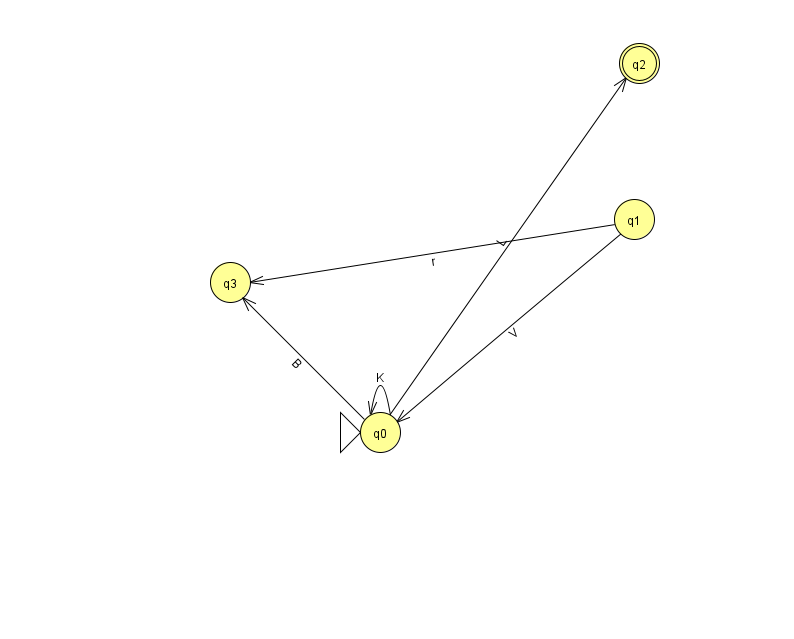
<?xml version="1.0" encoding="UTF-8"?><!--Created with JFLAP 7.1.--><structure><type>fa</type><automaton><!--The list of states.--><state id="0" name="q0"><x>380.0</x><y>419.0</y><initial/></state><state id="1" name="q1"><x>634.0</x><y>206.0</y></state><state id="2" name="q2"><x>639.0</x><y>50.0</y><final/></state><state id="3" name="q3"><x>230.0</x><y>269.0</y></state><!--The list of transitions.--><transition><from>1</from><to>0</to><read>V</read></transition><transition><from>0</from><to>3</to><read>B</read></transition><transition><from>0</from><to>0</to><read>K</read></transition><transition><from>0</from><to>2</to><read>L</read></transition><transition><from>1</from><to>3</to><read>r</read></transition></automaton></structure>